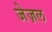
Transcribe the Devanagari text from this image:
जेज़ल